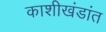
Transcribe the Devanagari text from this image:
काशीखंडांत